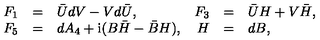
\begin{array} { r c l r c l } { F _ { 1 } } & { = } & { \bar { U } d V - V d \bar { U } , } & { F _ { 3 } } & { = } & { \bar { U } H + V \bar { H } , } \\ { F _ { 5 } } & { = } & { d A _ { 4 } + \mathrm { i } ( B \bar { H } - \bar { B } H ) , } & { H } & { = } & { d B , } \\ \end{array}